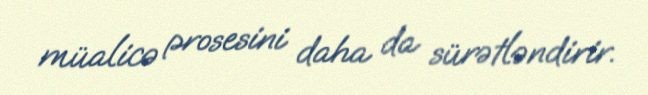
müalicə prosesini daha da sürətləndirir.